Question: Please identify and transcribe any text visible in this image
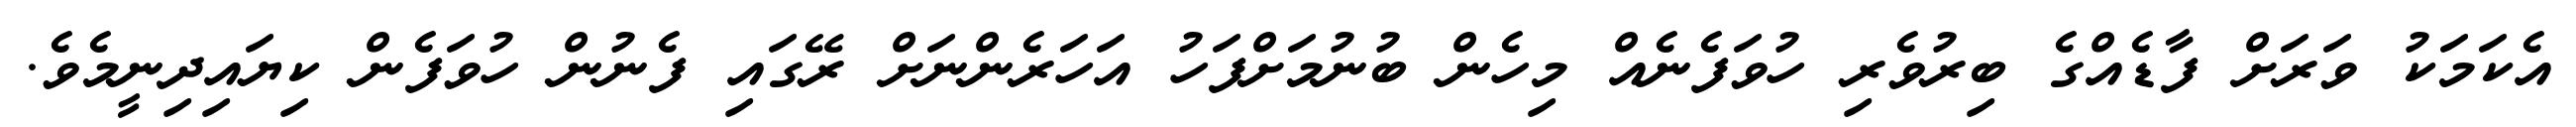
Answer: އެކަމަކު ވަރަށް ފާޑެއްގެ ބިރުވެރި ހުވަފެނެއް މިހެން ބުނުމަށްފަހު އަހަރެންނަށް ރޭގައި ފެނުން ހުވަފެން ކިޔައިދިނީމެވެ.